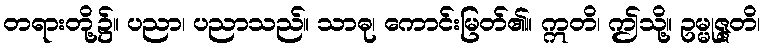
တရားတို့၌။ ပညာ၊ ပညာသည်။ သာဓု၊ ကောင်းမြတ်၏။ ဣတိ၊ ဤသို့။ ဥမ္မုဇ္ဇတိ၊